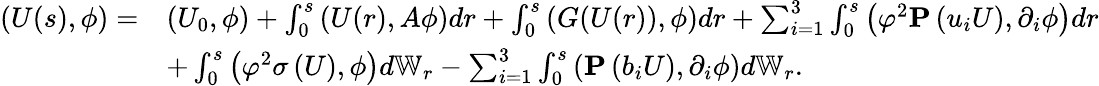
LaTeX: \begin{array}{rl}{\left(U(s),\phi\right)=}&{\left(U_{0},\phi\right)+\int_{0}^{s}\left(U(r),A\phi\right)dr+\int_{0}^{s}\left(G(U(r)),\phi\right)dr+\sum_{i=1}^{3}\int_{0}^{s}\left(\varphi^{2}\mathbf{P}\left(u_{i}U\right),\partial_{i}\phi\right)dr}\\ &{+\int_{0}^{s}\left(\varphi^{2}\sigma\left(U\right),\phi\right)d\mathbb{W}_{r}-\sum_{i=1}^{3}\int_{0}^{s}\left(\mathbf{P}\left(b_{i}U\right),\partial_{i}\phi\right)d\mathbb{W}_{r}.}\end{array}